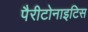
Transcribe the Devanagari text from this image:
पैरीटोनाइटिस